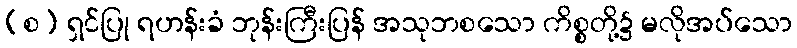
(စ) ရှင်ပြု ရဟန်းခံ ဘုန်းကြီးပြန် အသုဘစသော ကိစ္စတို့၌ မလိုအပ်သော